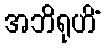
အဘိရုဟိံ